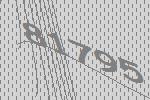
81795